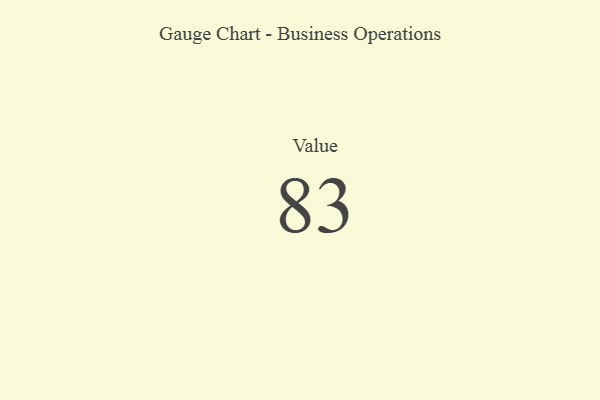
{"axis": {"x": "Metric", "y": "Value"}, "legend": [""], "data": [{"x": "Value", "y": 83, "type": ""}]}